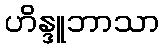
ဟိန္ဒူဘာသာ